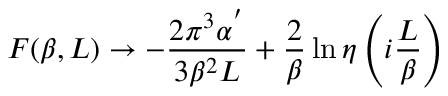
F ( \beta , L ) \rightarrow - \frac { 2 \pi ^ { 3 } \alpha ^ { ' } } { 3 \beta ^ { 2 } L } + \frac { 2 } { \beta } \ln { \eta \left( i \frac { L } { \beta } \right) }